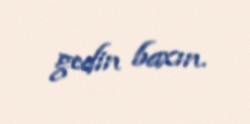
gedin baxın.